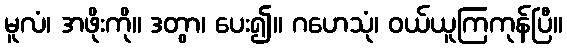
မူလံ၊ အဖိုးကို။ ဒတွာ၊ ပေး၍။ ဂဟေသုံ၊ ဝယ်ယူကြကုန်ပြီ။